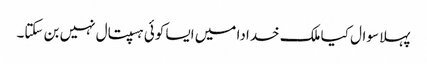
پہلا سوال کیا ملک خدادا میں ایسا کوئی ہسپتال نہیں بن سکتا۔